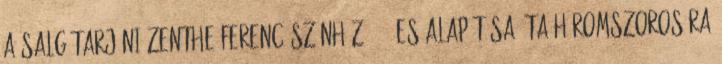
A salgótarjáni Zenthe Ferenc Színház 2012-es alapítása óta háromszorosára